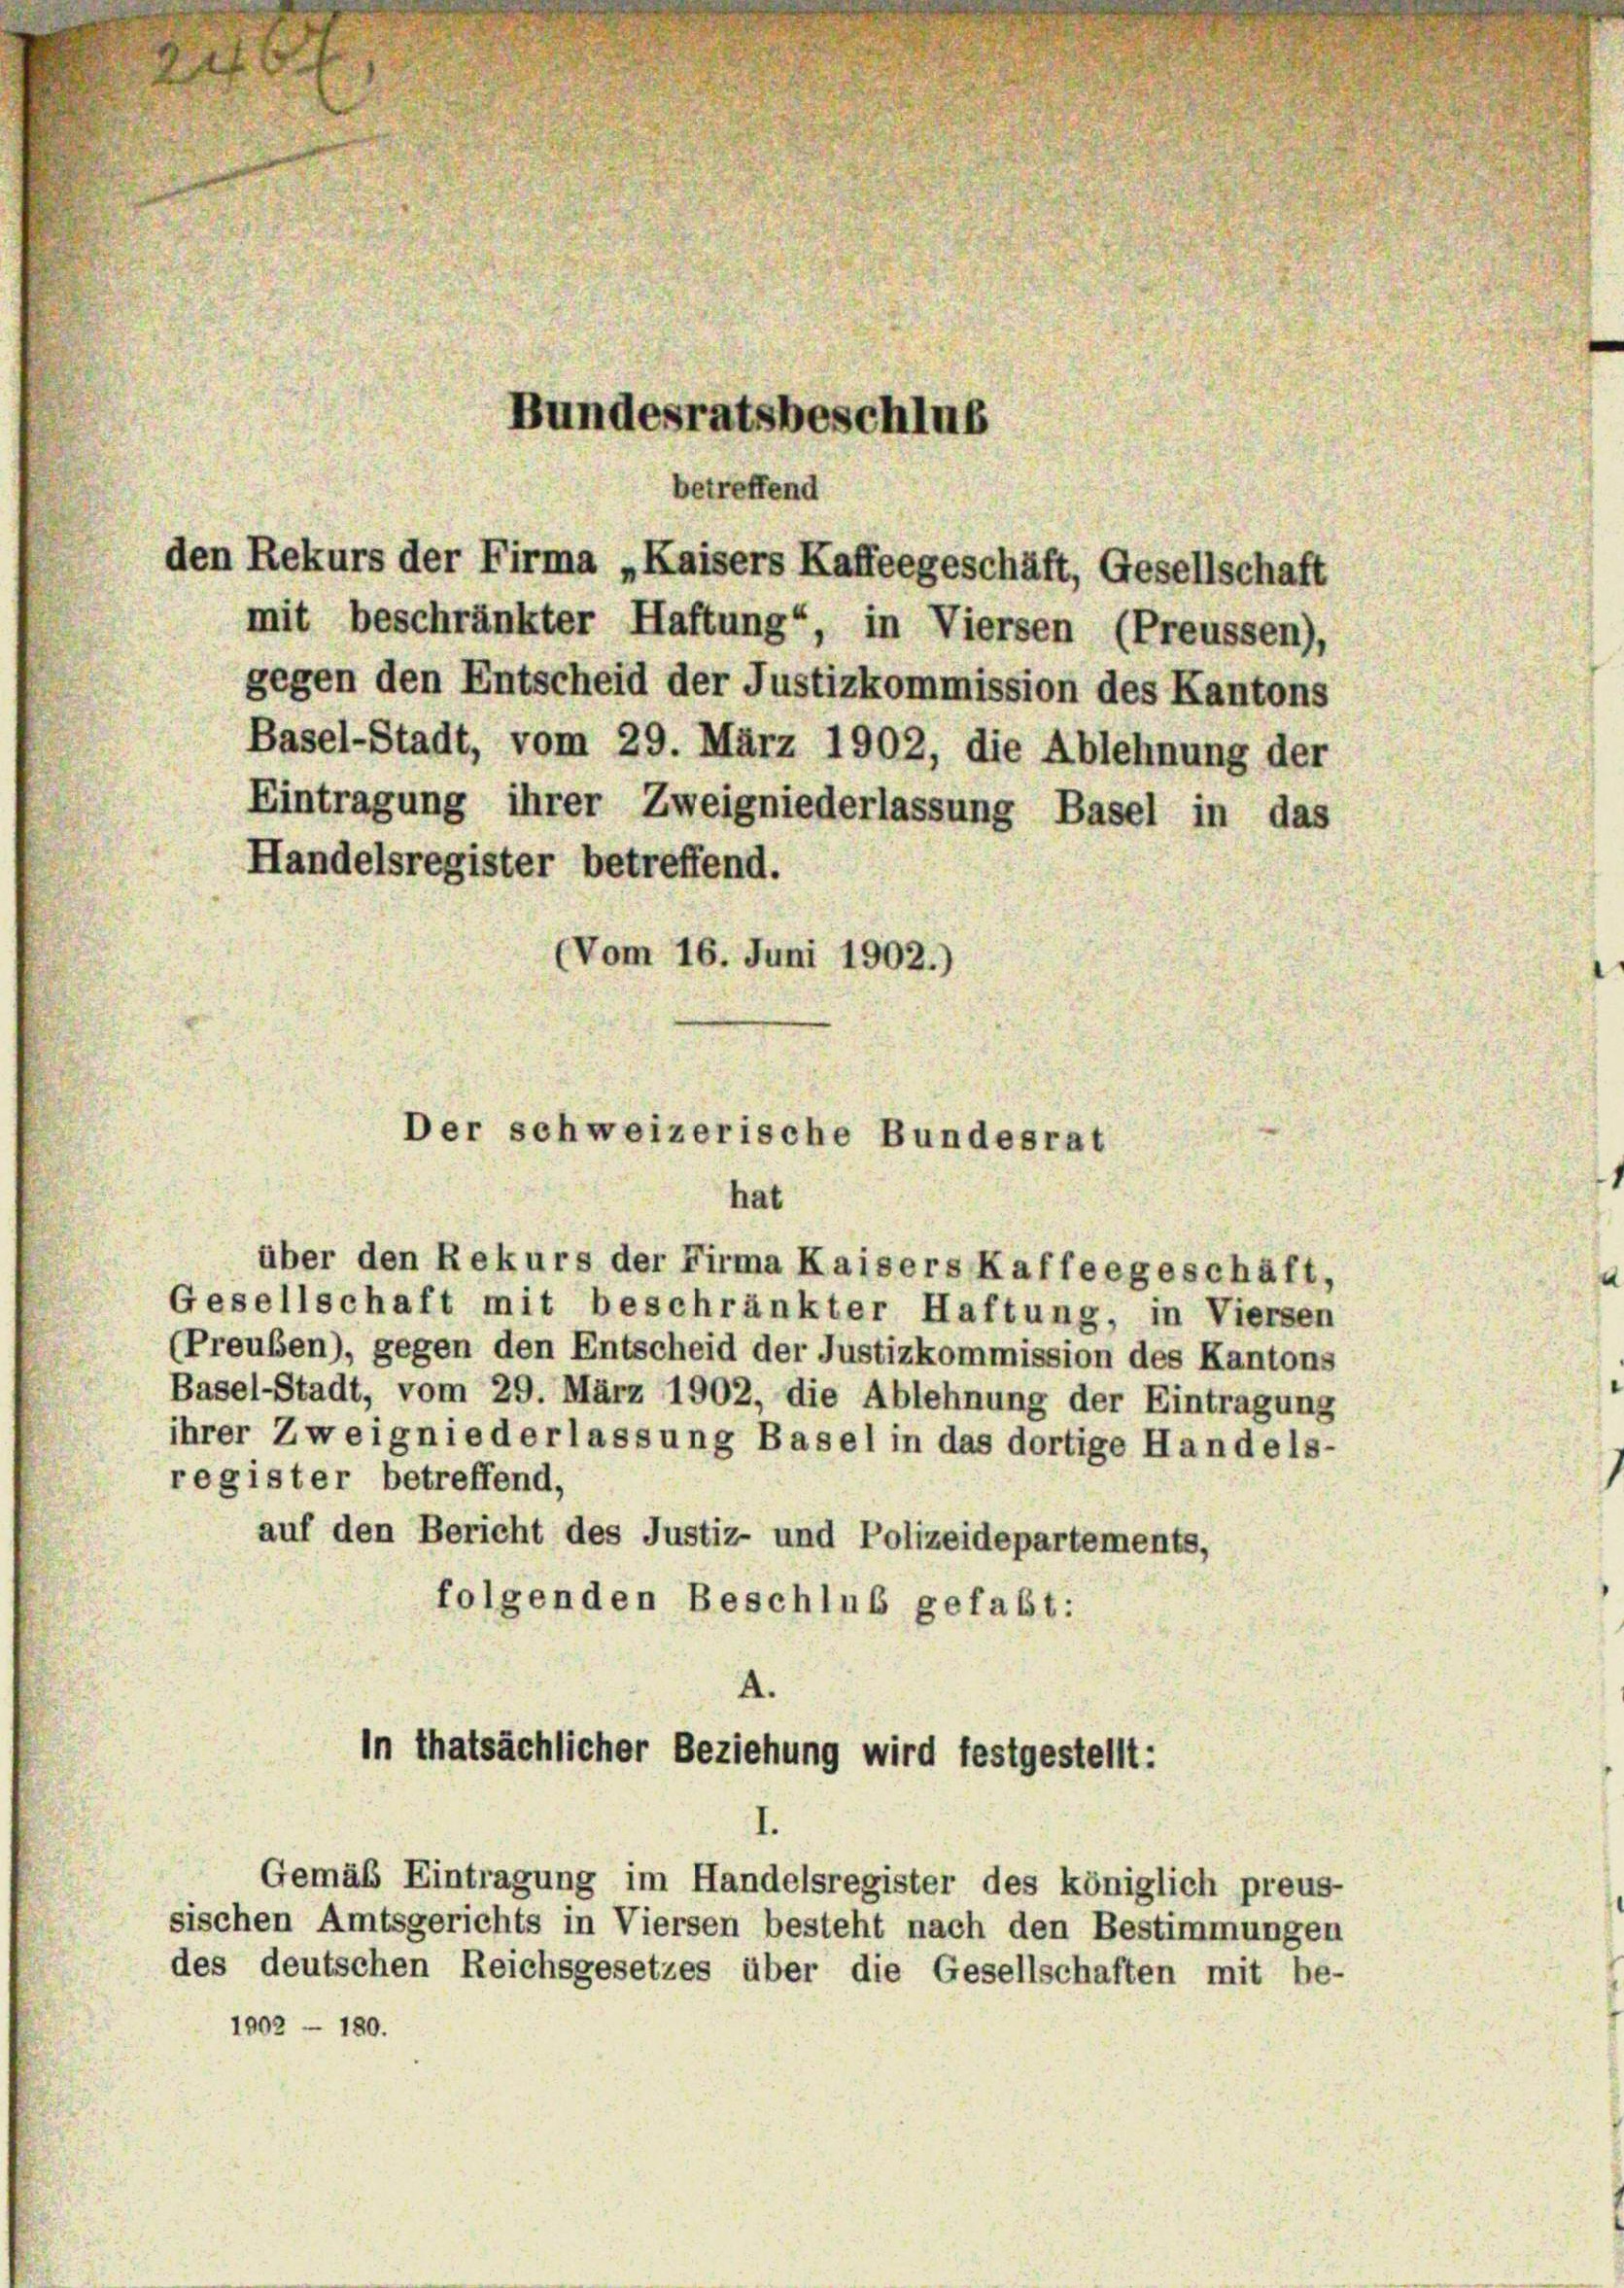
den Rekurs der Firma „Kaisers Kaffeegeschäft, Gesellschaft
mit beschränkter Haftung“, in Viersen (Preussen),
gegen den Entscheid der Justizkommission des Kantons
Basel-Stadt, vom 29. März 1902, die Ablehnung der
Eintragung ihrer Zweigniederlassung Basel in das
Handelsregister betreffend.

über den Rekurs der Firma Kaisers Kaffeegeschäft,
Gesellschaft mit beschränkter Haftung, in Viersen
(Preuben), gegen den Entscheid der Justizkommission des Kantons
Basel-Stadt, vom 29. März 1902, die Ablehnung der Eintragung
ihrer Zweigniederlassung Basel in das dortige Handels-
register betreffend,
auf den Bericht des Justiz- und Polizeidepartements,
folgenden Beschluß gefaßt:

Bundesratsbeschluß
betreffend

(Vom 16. Juni 1902.)

Der schweizerische Bundesrat
hat

A.
In thatsächlicher Beziehung wird festgestellt:

Gemäß Eintragung im Handelsregister des königlich preus-
sischen Amtsgerichts in Viersen besteht nach den Bestimmungen
des deutschen Reichsgesetzes über die Gesellschaften mit be-
1902 - 180.